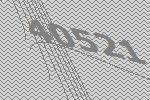
40521